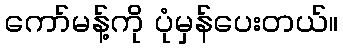
ကော်မန့်ကို ပုံမှန်ပေးတယ်။